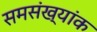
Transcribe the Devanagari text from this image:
समसंख्यांक